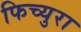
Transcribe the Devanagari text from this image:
फिच्युरा